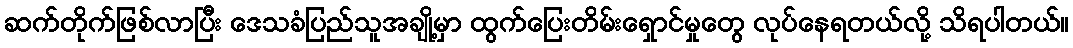
ဆက်တိုက်ဖြစ်လာပြီး ဒေသခံပြည်သူအချို့မှာ ထွက်ပြေးတိမ်းရှောင်မှုတွေ လုပ်နေရတယ်လို့ သိရပါတယ်။